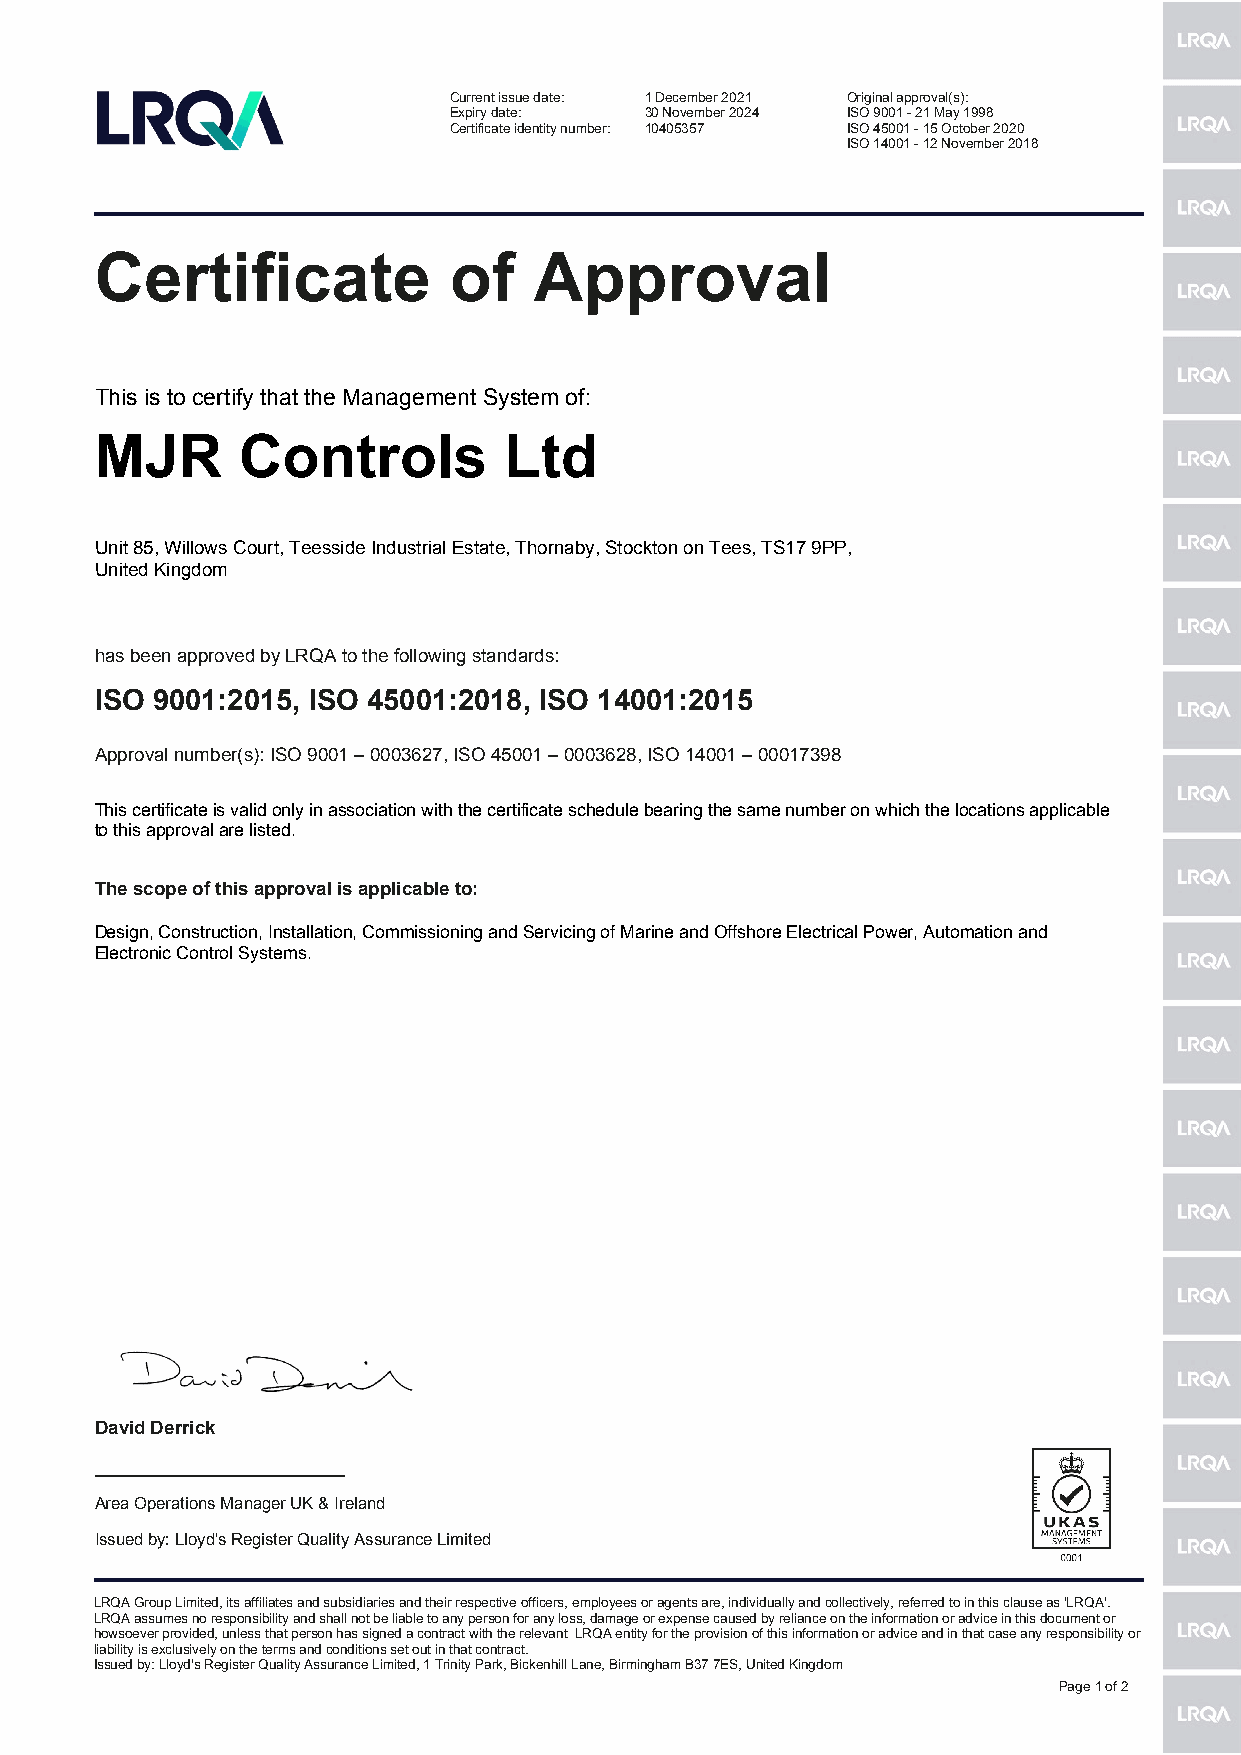
Current issue date: 1 December 2021 Original approval(s):
 Expiry date: 30 November 2024 ISO 9001 - 21 May 1998
 Certificate identity number: 10405357 ISO 45001 - 15 October 2020
 ISO 14001 - 12 November 2018
 Certificate             of   Approval
 This is to certify that the Management System of:
 MJR       Controls         Ltd
 Unit 85, Willows Court, Teesside Industrial Estate, Thornaby, Stockton on Tees, TS17 9PP,
 United Kingdom
 has been approved by LRQA to the following standards:
 ISO 9001:2015, ISO 45001:2018, ISO 14001:2015
 Approval number(s): ISO 9001 – 0003627, ISO 45001 – 0003628, ISO 14001 – 00017398
 This certificate is valid only in association with the certificate schedule bearing the same number on which the locations applicable
 to this approval are listed.
 The scope of this approval is applicable to:
 Design, Construction, Installation, Commissioning and Servicing of Marine and Offshore Electrical Power, Automation and
 Electronic Control Systems.
 David Derrick
 ________________________
 Area Operations Manager UK & Ireland
 Issued by: Lloyd's Register Quality Assurance Limited
 LRQA Group Limited, its affiliates and subsidiaries and their respective officers, employees or agents are, individually and collectively, referred to in this clause as 'LRQA'.
 LRQA assumes no responsibility and shall not be liable to any person for any loss, damage or expense caused by reliance on the information or advice in this document or
 howsoever provided, unless that person has signed a contract with the relevant LRQA entity for the provision of this information or advice and in that case any responsibility or
 liability is exclusively on the terms and conditions set out in that contract.
 Issued by: Lloyd's Register Quality Assurance Limited, 1 Trinity Park, Bickenhill Lane, Birmingham B37 7ES, United Kingdom
 Page 1 of 2